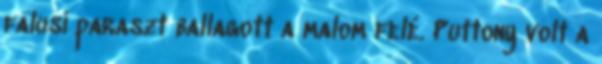
falusi paraszt ballagott a malom felé. Puttony volt a